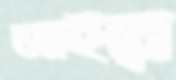
আইয়ে